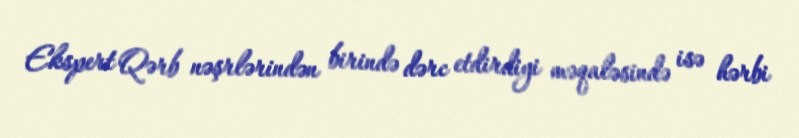
Ekspert Qərb nəşrlərindən birində dərc etdirdiyi məqaləsində isə hərbi